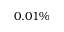
0 . 0 1 \%